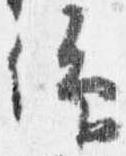
仰